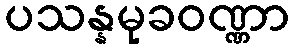
ပသန္နမုခဝဏ္ဏာ